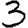
Digit: 3